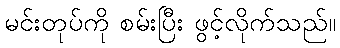
မင်းတုပ်ကို စမ်းပြီး ဖွင့်လိုက်သည်။